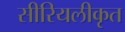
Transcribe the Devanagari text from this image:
सीरियलीकृत